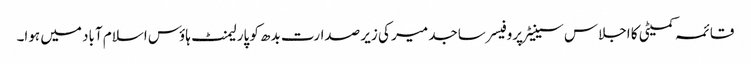
قائمہ کمیٹی کا اجلاس سینیٹر پروفیسر ساجد میر کی زیر صدارت بدھ کو پارلیمنٹ ہاؤس اسلام آباد میں ہوا۔